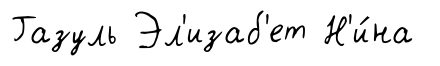
Газуль Эл'изаб'ет Н'и́на